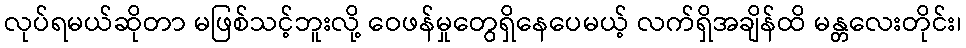
လုပ်ရမယ်ဆိုတာ မဖြစ်သင့်ဘူးလို့ ဝေဖန်မှုတွေရှိနေပေမယ့် လက်ရှိအချိန်ထိ မန္တလေးတိုင်း၊